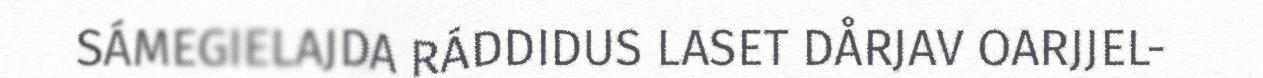
SÁMEGIELAJDA RÁDDIDUS LASET DÅRJAV OARJJEL-